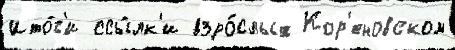
Ито́г'и ссы́лк'и взро́слых Кор'еновском